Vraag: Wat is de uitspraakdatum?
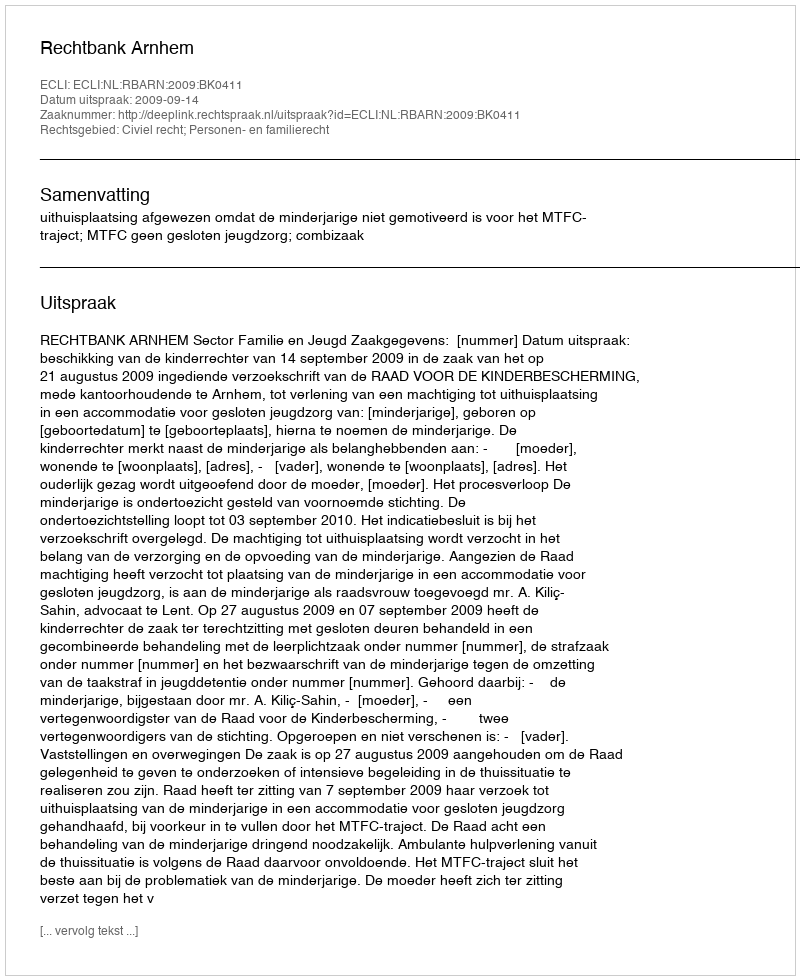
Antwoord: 2009-09-14